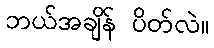
ဘယ်အချိန် ပိတ်လဲ။